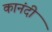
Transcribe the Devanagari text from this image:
कानंदी